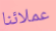
عملائنا